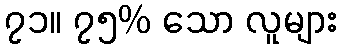
၇၁။ ၇၅% သော လူများ